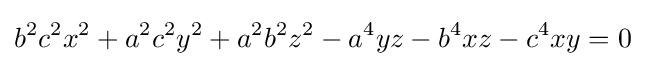
b^{2}c^{2}x^{2}+a^{2}c^{2}y^{2}+a^{2}b^{2}z^{2}-a^{4}yz-b^{4}xz-c^{4}xy=0